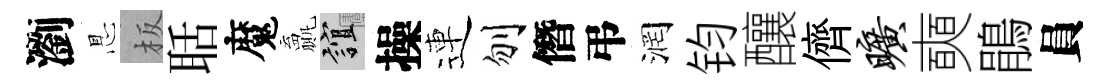
瀏㤙板聒魔贏誼操連刎僭弔润钧釀儕旷奭鵑員